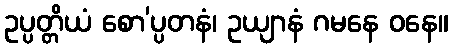
ဥပ္ပတ္တိယံ စော’ပ္ပတနံ၊ ဥယျာနံ ဂမနေ ဝနေ။